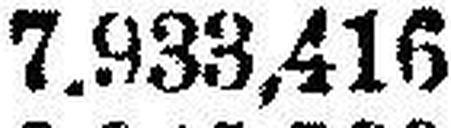
7.933,416